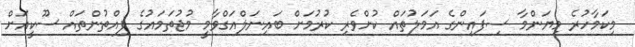
މިކަމާހުރެ މިޔަންމާ ސިފައިންގެ އަމަލުތައް ކުށްވެރި ކުރުމަށް ބައިނަލްއަގްވާމީ މުޖުތަމައުގެ ފިއްތުންތައް ސޫކީއަށް